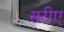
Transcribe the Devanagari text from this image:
सरीए